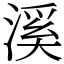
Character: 溪